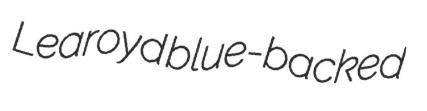
Learoyd blue-backed